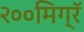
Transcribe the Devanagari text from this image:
२००मिग्रॅ